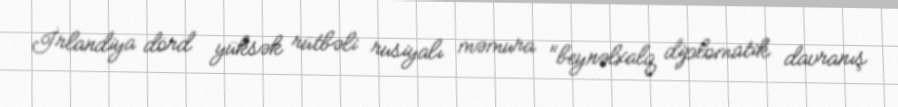
İrlandiya dörd yüksək rütbəli rusiyalı məmura "beynəlxalq diplomatik davranış